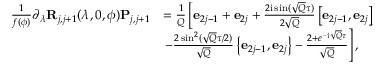
\begin{array} { r l } { \frac { 1 } { f ( \phi ) } \partial _ { \lambda } \mathbf { R } _ { j , j + 1 } ( \lambda , 0 , \phi ) \mathbf { P } _ { j , j + 1 } } & { = \frac { 1 } { Q } \left[ \mathbf { e } _ { 2 j - 1 } + \mathbf { e } _ { 2 j } + \frac { 2 \mathrm { i } \sin ( \sqrt { Q } \tau ) } { 2 \sqrt { Q } } \left[ \mathbf { e } _ { 2 j - 1 } , \mathbf { e } _ { 2 j } \right] \right. } \\ & { \left. - \frac { 2 \sin ^ { 2 } ( \sqrt { Q } \tau / 2 ) } { \sqrt { Q } } \left\{ \mathbf { e } _ { 2 j - 1 } , \mathbf { e } _ { 2 j } \right\} - \frac { 2 + e ^ { - \mathrm { i } \sqrt { Q } \tau } } { \sqrt { Q } } \right] , } \end{array}